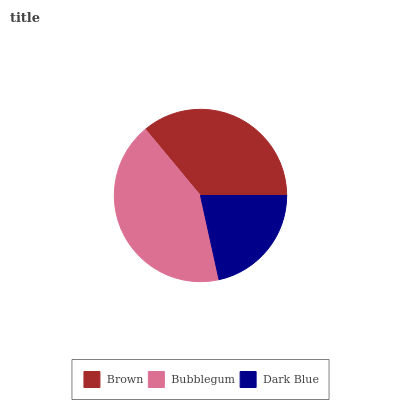
| Brown | Bubblegum | Dark Blue |
 | --- | --- | --- |
 | 36% | 42.4% | 21.5% |